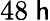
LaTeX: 48\ \mathsf{h}